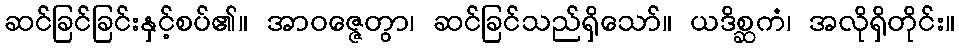
ဆင်ခြင်ခြင်းနှင့်စပ်၏။ အာဝဇ္ဇေတွာ၊ ဆင်ခြင်သည်ရှိသော်။ ယဒိစ္ဆကံ၊ အလိုရှိတိုင်း။